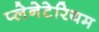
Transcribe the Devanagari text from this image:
प्‍लेनेटेरियम